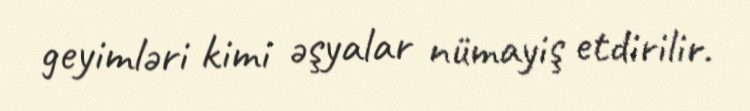
geyimləri kimi əşyalar nümayiş etdirilir.